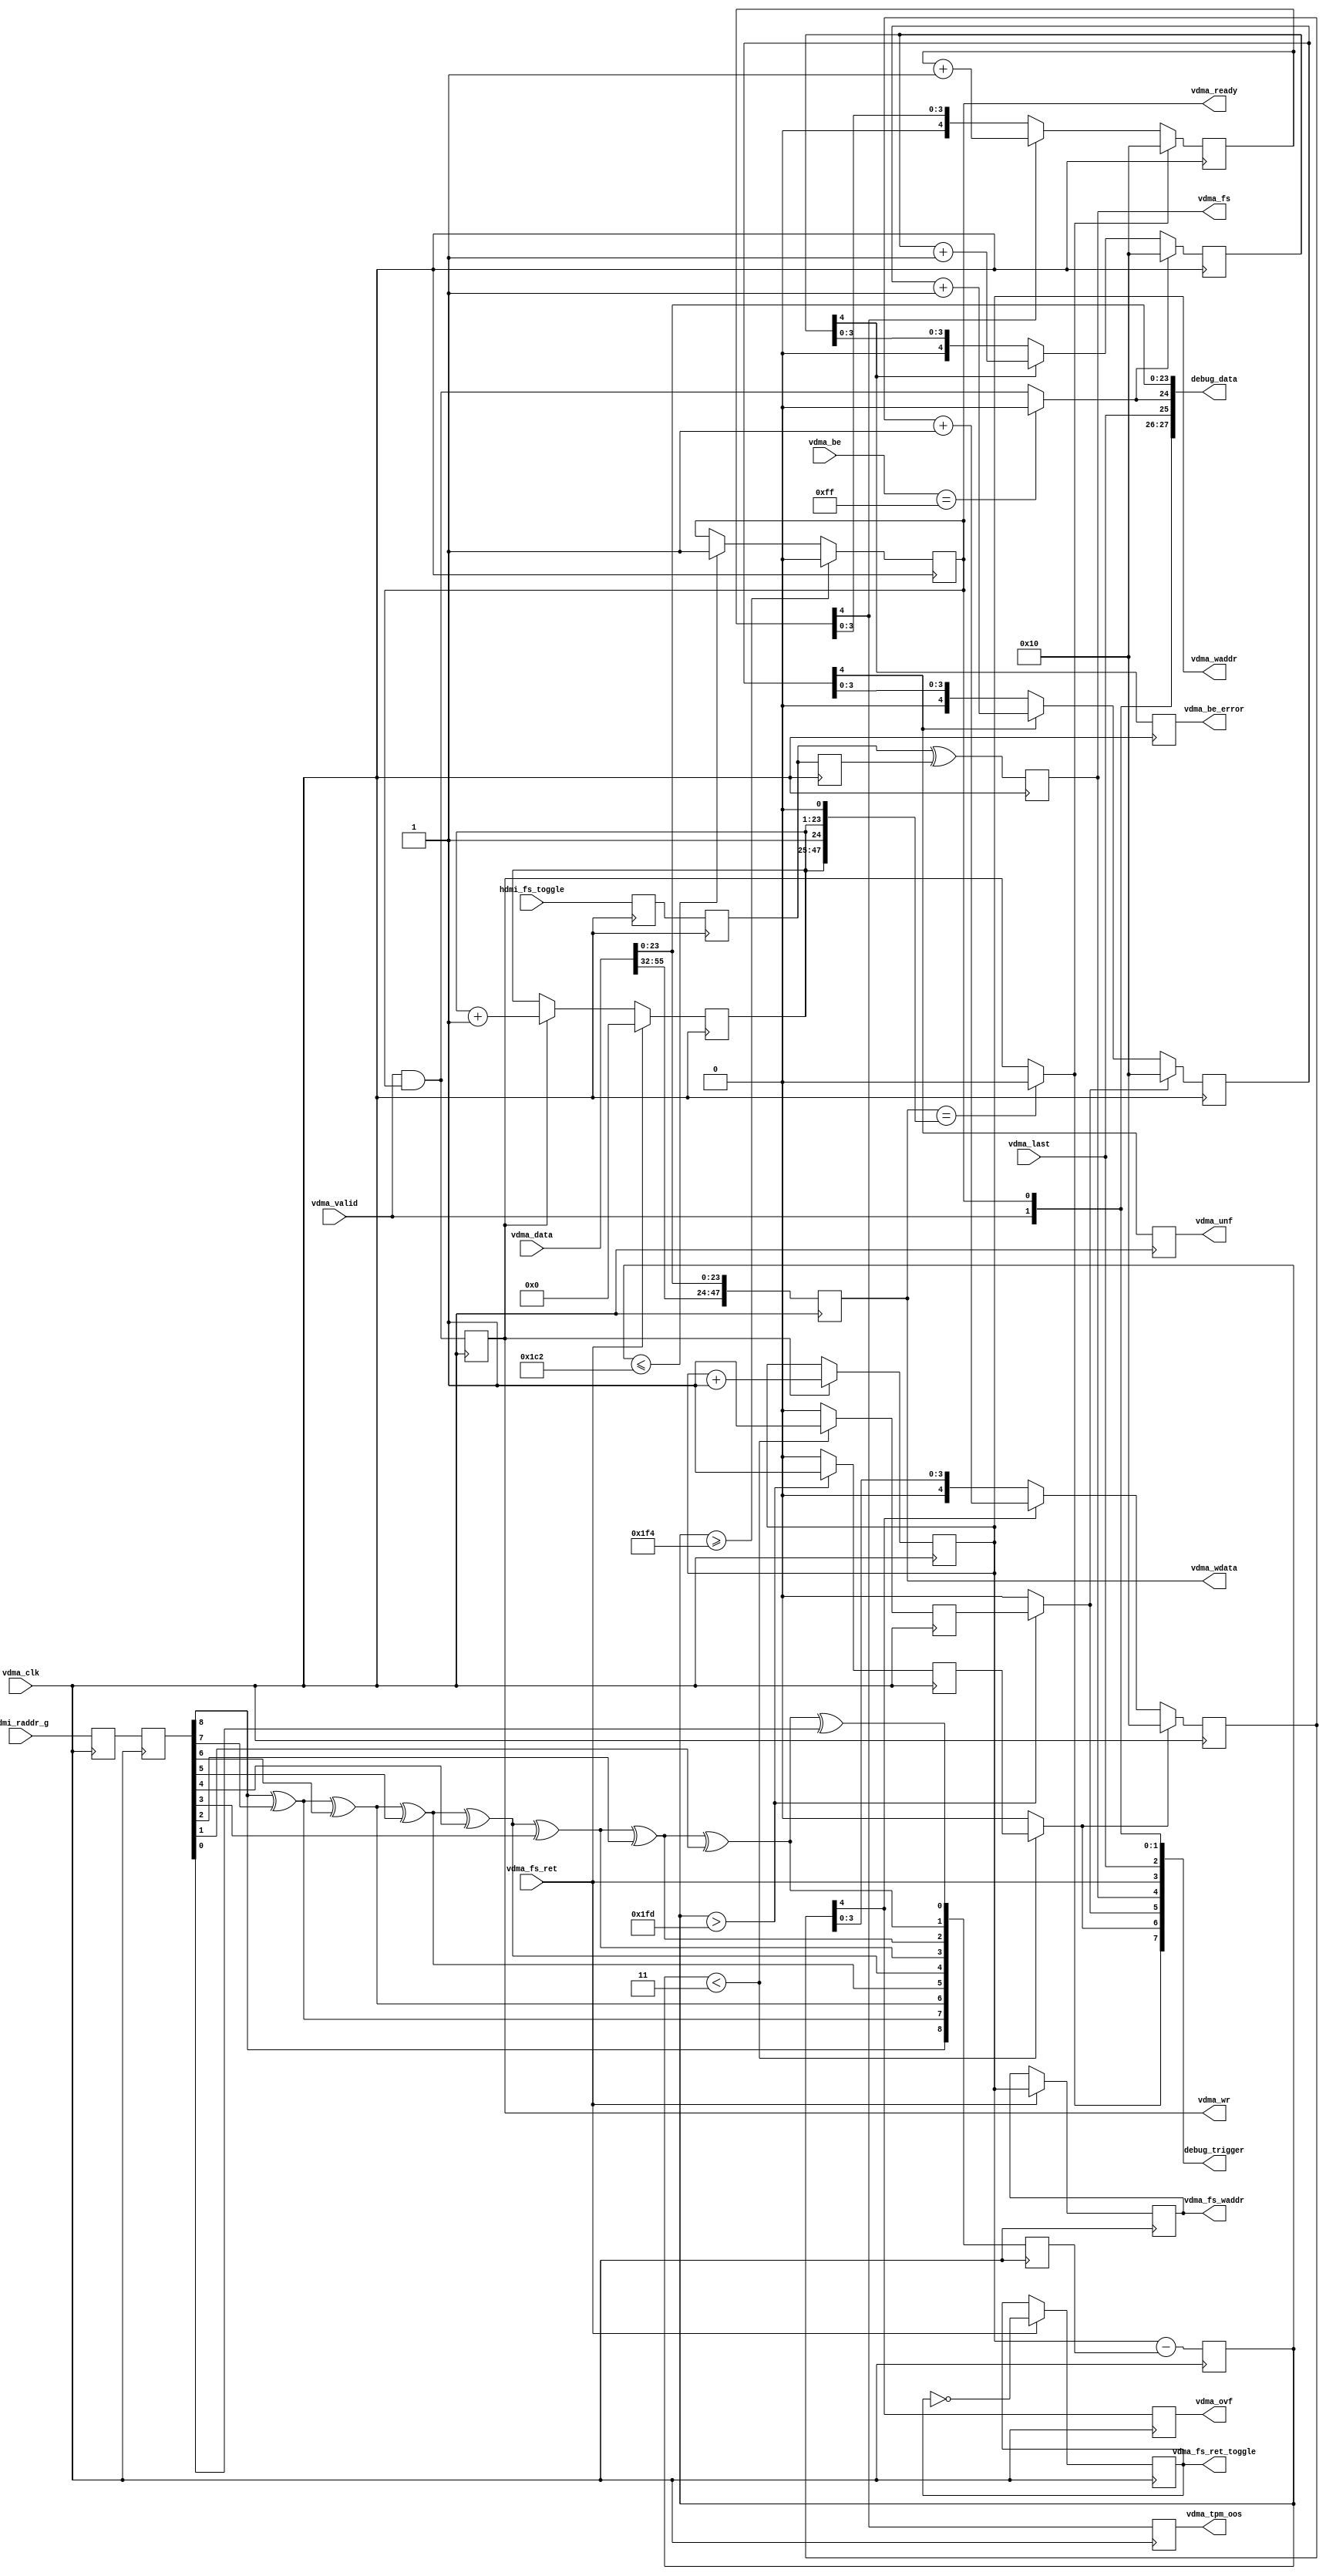
// ***************************************************************************
// ***************************************************************************
// Copyright 2011(c) Analog Devices, Inc.
// 
// All rights reserved.
// 
// Redistribution and use in source and binary forms, with or without modification,
// are permitted provided that the following conditions are met:
//     - Redistributions of source code must retain the above copyright
//       notice, this list of conditions and the following disclaimer.
//     - Redistributions in binary form must reproduce the above copyright
//       notice, this list of conditions and the following disclaimer in
//       the documentation and/or other materials provided with the
//       distribution.
//     - Neither the name of Analog Devices, Inc. nor the names of its
//       contributors may be used to endorse or promote products derived
//       from this software without specific prior written permission.
//     - The use of this software may or may not infringe the patent rights
//       of one or more patent holders.  This license does not release you
//       from the requirement that you obtain separate licenses from these
//       patent holders to use this software.
//     - Use of the software either in source or binary form, must be run
//       on or directly connected to an Analog Devices Inc. component.
//    
// THIS SOFTWARE IS PROVIDED BY ANALOG DEVICES "AS IS" AND ANY EXPRESS OR IMPLIED WARRANTIES,
// INCLUDING, BUT NOT LIMITED TO, NON-INFRINGEMENT, MERCHANTABILITY AND FITNESS FOR A
// PARTICULAR PURPOSE ARE DISCLAIMED.
//
// IN NO EVENT SHALL ANALOG DEVICES BE LIABLE FOR ANY DIRECT, INDIRECT, INCIDENTAL, SPECIAL,
// EXEMPLARY, OR CONSEQUENTIAL DAMAGES (INCLUDING, BUT NOT LIMITED TO, INTELLECTUAL PROPERTY
// RIGHTS, PROCUREMENT OF SUBSTITUTE GOODS OR SERVICES; LOSS OF USE, DATA, OR PROFITS; OR 
// BUSINESS INTERRUPTION) HOWEVER CAUSED AND ON ANY THEORY OF LIABILITY, WHETHER IN CONTRACT,
// STRICT LIABILITY, OR TORT (INCLUDING NEGLIGENCE OR OTHERWISE) ARISING IN ANY WAY OUT OF 
// THE USE OF THIS SOFTWARE, EVEN IF ADVISED OF THE POSSIBILITY OF SUCH DAMAGE.
// ***************************************************************************
// ***************************************************************************
// ***************************************************************************
// ***************************************************************************
// Transmit HDMI, video dma data in, hdmi embedded syncs data out.

module cf_v2h_vdma (

  // hdmi interface

  hdmi_fs_toggle,
  hdmi_raddr_g,

  // vdma interface

  vdma_clk,
  vdma_fs,
  vdma_fs_ret,
  vdma_valid,
  vdma_be,
  vdma_data,
  vdma_last,
  vdma_ready,
  vdma_wr,
  vdma_waddr,
  vdma_wdata,
  vdma_fs_ret_toggle,   // start of frame write address toggle and data
  vdma_fs_waddr,
  vdma_tpm_oos,
  vdma_be_error,
  vdma_ovf,
  vdma_unf,

  // debug signals (chipscope)

  debug_data,
  debug_trigger);

  // hdmi interface

  input           hdmi_fs_toggle;
  input   [ 8:0]  hdmi_raddr_g;

  // vdma interface

  input           vdma_clk;
  output          vdma_fs;
  input           vdma_fs_ret;
  input           vdma_valid;
  input   [ 7:0]  vdma_be;
  input   [63:0]  vdma_data;
  input           vdma_last;
  output          vdma_ready;
  output          vdma_wr;
  output  [ 8:0]  vdma_waddr;
  output  [47:0]  vdma_wdata;
  output          vdma_fs_ret_toggle;
  output  [ 8:0]  vdma_fs_waddr;
  output          vdma_tpm_oos;
  output          vdma_be_error;
  output          vdma_ovf;
  output          vdma_unf;

  // debug signals (chipscope)

  output  [35:0]  debug_data;
  output  [ 7:0]  debug_trigger;

  reg             vdma_fs_toggle_m1 = 'd0;
  reg             vdma_fs_toggle_m2 = 'd0;
  reg             vdma_fs_toggle_m3 = 'd0;
  reg             vdma_fs = 'd0;
  reg     [ 8:0]  vdma_fs_waddr = 'd0;
  reg             vdma_fs_ret_toggle = 'd0;
  reg             vdma_wr = 'd0;
  reg     [ 8:0]  vdma_waddr = 'd0;
  reg     [47:0]  vdma_wdata = 'd0;
  reg     [22:0]  vdma_tpm_data = 'd0;
  reg     [ 4:0]  vdma_tpm_mismatch_count = 'd0;
  reg             vdma_tpm_oos = 'd0;
  reg     [ 4:0]  vdma_be_count = 'd0;
  reg             vdma_be_error = 'd0;
  reg     [ 8:0]  vdma_raddr_g_m1 = 'd0;
  reg     [ 8:0]  vdma_raddr_g_m2 = 'd0;
  reg     [ 8:0]  vdma_raddr = 'd0;
  reg     [ 8:0]  vdma_addr_diff = 'd0;
  reg             vdma_ready = 'd0;
  reg             vdma_almost_full = 'd0;
  reg             vdma_almost_empty = 'd0;
  reg     [ 4:0]  vdma_ovf_count = 'd0;
  reg             vdma_ovf = 'd0;
  reg     [ 4:0]  vdma_unf_count = 'd0;
  reg             vdma_unf = 'd0;

  wire    [47:0]  vdma_tpm_data_s;
  wire            vdma_tpm_mismatch_s;
  wire            vdma_be_error_s;
  wire    [ 9:0]  vdma_addr_diff_s;
  wire            vdma_ovf_s;
  wire            vdma_unf_s;

  // grey to binary conversion

  function [8:0] g2b;
    input [8:0] g;
    reg   [8:0] b;
    begin
      b[8] = g[8];
      b[7] = b[8] ^ g[7];
      b[6] = b[7] ^ g[6];
      b[5] = b[6] ^ g[5];
      b[4] = b[5] ^ g[4];
      b[3] = b[4] ^ g[3];
      b[2] = b[3] ^ g[2];
      b[1] = b[2] ^ g[1];
      b[0] = b[1] ^ g[0];
      g2b = b;
    end
  endfunction

  // debug ports

  assign debug_data[35:35] = vdma_tpm_oos;
  assign debug_data[34:34] = vdma_tpm_mismatch_s;
  assign debug_data[33:33] = vdma_ovf_s;
  assign debug_data[32:32] = vdma_unf_s;
  assign debug_data[31:31] = vdma_almost_full;
  assign debug_data[30:30] = vdma_almost_empty;
  assign debug_data[29:29] = vdma_fs;
  assign debug_data[28:28] = vdma_fs_ret;
  assign debug_data[27:27] = vdma_valid;
  assign debug_data[26:26] = vdma_ready;
  assign debug_data[25:25] = vdma_last;
  assign debug_data[24:24] = vdma_be_error_s;
  assign debug_data[23: 0] = vdma_data[23:0];

  assign debug_trigger[7] = vdma_tpm_mismatch_s;
  assign debug_trigger[6] = vdma_ovf_s;
  assign debug_trigger[5] = vdma_unf_s;
  assign debug_trigger[4] = vdma_fs;
  assign debug_trigger[3] = vdma_fs_ret;
  assign debug_trigger[2] = vdma_last;
  assign debug_trigger[1] = vdma_valid;
  assign debug_trigger[0] = vdma_ready;

  // get fs from hdmi side, return fs and sof write address back

  always @(posedge vdma_clk) begin
    vdma_fs_toggle_m1 <= hdmi_fs_toggle;
    vdma_fs_toggle_m2 <= vdma_fs_toggle_m1;
    vdma_fs_toggle_m3 <= vdma_fs_toggle_m2;
    vdma_fs <= vdma_fs_toggle_m2 ^ vdma_fs_toggle_m3;
    if (vdma_fs_ret == 1'b1) begin
      vdma_fs_waddr <= vdma_waddr;
      vdma_fs_ret_toggle <= ~vdma_fs_ret_toggle;
    end
  end

  // vdma write

  always @(posedge vdma_clk) begin
    vdma_wr <= vdma_valid & vdma_ready;
    if (vdma_wr == 1'b1) begin
      vdma_waddr <= vdma_waddr + 1'b1;
    end
    vdma_wdata <= {vdma_data[55:32], vdma_data[23:0]};
  end

  // test error conditions

  assign vdma_tpm_data_s = {vdma_tpm_data, 1'b1, vdma_tpm_data, 1'b0};
  assign vdma_tpm_mismatch_s = (vdma_wdata == vdma_tpm_data_s) ? 1'b0 : vdma_wr;
  assign vdma_be_error_s = (vdma_be == 8'hff) ? 1'b0 : (vdma_valid & vdma_ready);

  always @(posedge vdma_clk) begin
    if (vdma_fs_ret == 1'b1) begin
      vdma_tpm_data <= 23'd0;
    end else if (vdma_wr == 1'b1) begin
      vdma_tpm_data <= vdma_tpm_data + 1'b1;
    end
    if (vdma_tpm_mismatch_s == 1'b1) begin
      vdma_tpm_mismatch_count <= 5'h10;
    end else if (vdma_tpm_mismatch_count[4] == 1'b1) begin
      vdma_tpm_mismatch_count <= vdma_tpm_mismatch_count + 1'b1;
    end
    vdma_tpm_oos <= vdma_tpm_mismatch_count[4];
    if (vdma_be_error_s == 1'b1) begin
      vdma_be_count <= 5'h10;
    end else if (vdma_be_count[4] == 1'b1) begin
      vdma_be_count <= vdma_be_count + 1'b1;
    end
    vdma_be_error <= vdma_be_count[4];
  end

  // overflow or underflow status

  assign vdma_addr_diff_s = {1'b1, vdma_waddr} - vdma_raddr;
  assign vdma_ovf_s = (vdma_addr_diff < 3) ? vdma_almost_full : 1'b0;
  assign vdma_unf_s = (vdma_addr_diff > 509) ? vdma_almost_empty : 1'b0;

  always @(posedge vdma_clk) begin
    vdma_raddr_g_m1 <= hdmi_raddr_g;
    vdma_raddr_g_m2 <= vdma_raddr_g_m1;
    vdma_raddr <= g2b(vdma_raddr_g_m2);
    vdma_addr_diff <= vdma_addr_diff_s[8:0];
    if (vdma_addr_diff >= 500) begin
      vdma_ready <= 1'b0;
    end else if (vdma_addr_diff <= 450) begin
      vdma_ready <= 1'b1;
    end
    vdma_almost_full = (vdma_addr_diff > 509) ? 1'b1 : 1'b0;
    vdma_almost_empty = (vdma_addr_diff < 3) ? 1'b1 : 1'b0;
    if (vdma_ovf_s == 1'b1) begin
      vdma_ovf_count <= 5'h10;
    end else if (vdma_ovf_count[4] == 1'b1) begin
      vdma_ovf_count <= vdma_ovf_count + 1'b1;
    end
    vdma_ovf <= vdma_ovf_count[4];
    if (vdma_unf_s == 1'b1) begin
      vdma_unf_count <= 5'h10;
    end else if (vdma_unf_count[4] == 1'b1) begin
      vdma_unf_count <= vdma_unf_count + 1'b1;
    end
    vdma_unf <= vdma_unf_count[4];
  end

endmodule

// ***************************************************************************
// ***************************************************************************